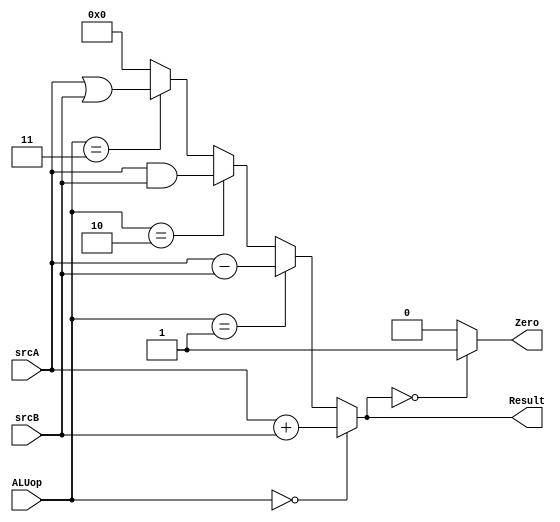
module ALU(
    input [31:0] srcA,
    input [31:0] srcB,
    input [2:0] ALUop,
    output Zero, 
    output [31:0] Result
);
    assign Result = (ALUop == 3'b000) ? srcA + srcB :
                    (ALUop == 3'b001) ? srcA - srcB :
                    (ALUop == 3'b010) ? srcA & srcB :
                    (ALUop == 3'b011) ? srcA | srcB :
                    32'h0000_0000;
    assign Zero = (Result == 32'h0000_0000) ? 1 : 0;
endmodule //ALU